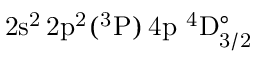
\mathrm { 2 s ^ { 2 } \, 2 p ^ { 2 } ( ^ { 3 } P ) \, 4 p ~ ^ { 4 } D _ { 3 / 2 } ^ { \circ } }